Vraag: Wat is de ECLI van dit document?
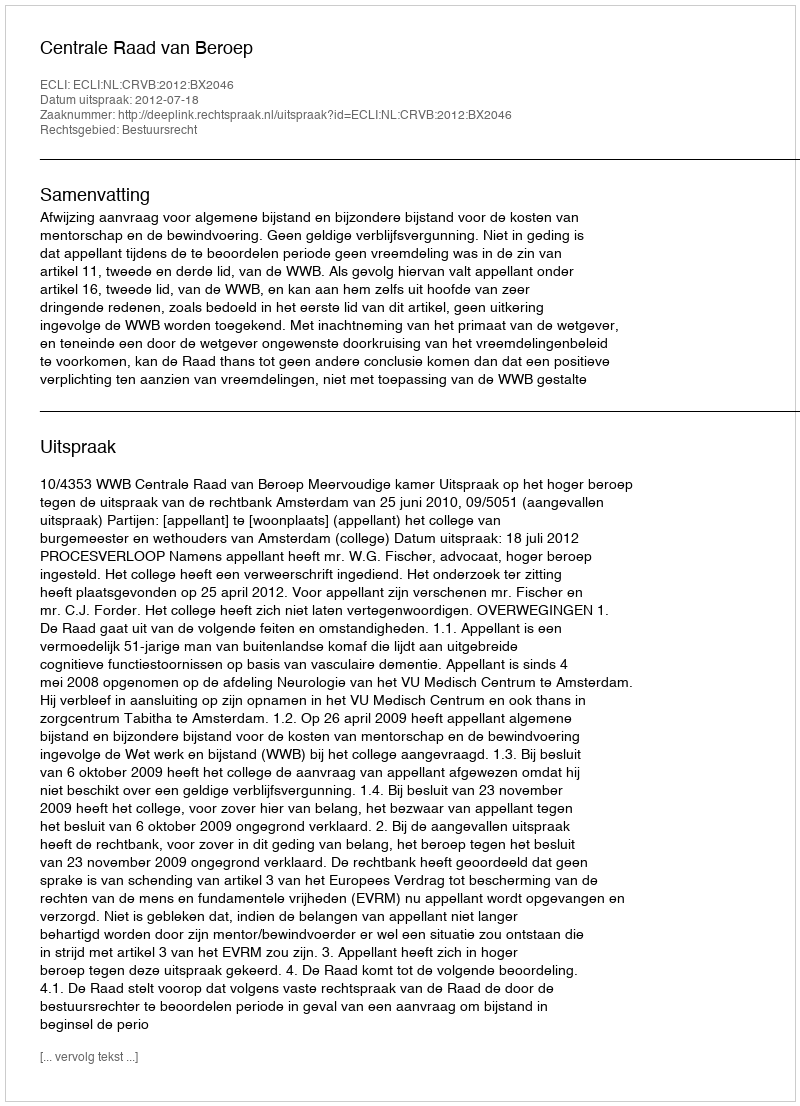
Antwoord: ECLI:NL:CRVB:2012:BX2046